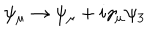
\psi _ { \mu } \rightarrow \psi _ { \mu } + i \gamma _ { \mu } \psi _ { 3 }